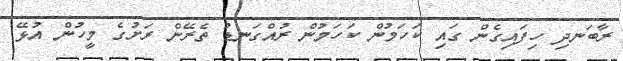
ރާބަނދި ހިފައިގެން ގައި ކަހަމުން ކަހަމުން ރުއްގަނޑު ތެރޭން ރަށުގެ މީހުން އުޅޭ